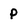
Character: p